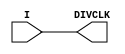
`timescale 1ns / 1ns

// Truly pathetic.  Just enough to satisfy s6_gtp_wrap.v.
(* ivl_synthesis_cell *)
module BUFIO2(output DIVCLK, input I);
	parameter DIVIDE=1;
	parameter DIVIDE_BYPASS="TRUE";
	buf B1(DIVCLK, I);
endmodule